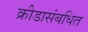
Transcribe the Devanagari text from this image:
क्रीडासंबधित